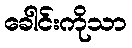
ခေါင်းကိုသာ